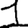
Digit: 1